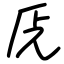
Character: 兏